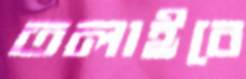
তলাইবে